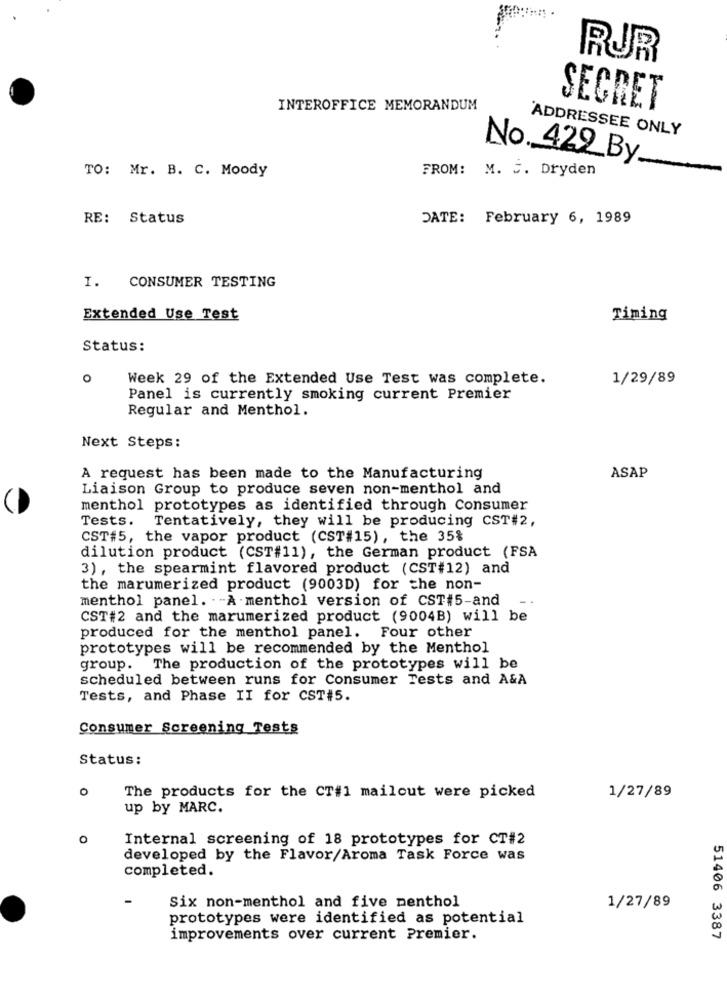
RUR
INTEROFFICE MEMORANDUM
SECRET
ADDRESSEE ONLY
No. 429 By.
TO: Mr. B. C. Moody
FROM: M. S. Dryden
RE: Status
DATE: February 6, 1989
I. CONSUMER TESTING
Extended Use Test
Timing
Status:
O
Week 29 of the Extended Use Test was complete.
1/29/89
Panel is currently smoking current Premier
Regular and Menthol.
Next Steps:
A request has been made to the Manufacturing
ASAP
Liaison Group to produce seven non-menthol and
menthol prototypes as identified through Consumer
Tests.
Tentatively, they will be producing CST#2,
CST#5, the vapor product (CST#15), the 35%
dilution product (CST#11), the German product (FSA
3) , the spearmint flavored product (CST#12) and
the marumerized product (9003D) for the non-
menthol panel. - A .menthol version of CST#5-and
CST#2 and the marumerized product (9004B) will be
produced for the menthol panel. Four other
prototypes will be recommended by the Menthol
group. The production of the prototypes will be
scheduled between runs for Consumer Tests and A&A
Tests, and Phase II for CST#5.
Consumer Screening Tests
Status:
0
The products for the CT#1 mailout were picked
1/27/89
up by MARC.
O
Internal screening of 18 prototypes for CT#2
developed by the Flavor/Aroma Task Force was
completed.
Six non-menthol and five menthol
1/27/89
prototypes were identified as potential
improvements over current Premier.
51406 3387